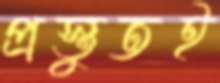
প্রস্তুতই